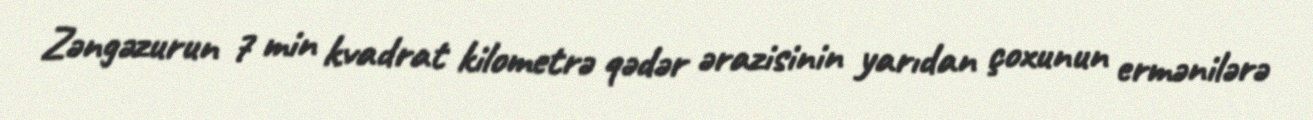
Zəngəzurun 7 min kvadrat kilometrə qədər ərazisinin yarıdan çoxunun ermənilərə